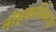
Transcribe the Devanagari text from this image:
नोहकलिकाइ